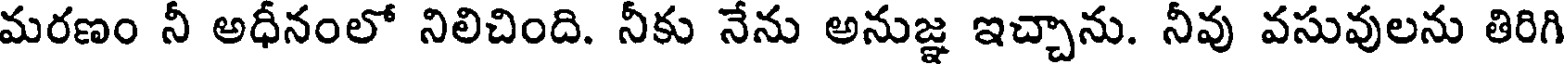
మరణం నీ అధీనంలో నిలిచింది. నీకు నేను అనుజ్ఞ ఇచ్చాను. నీవు వసువులను తిరిగి